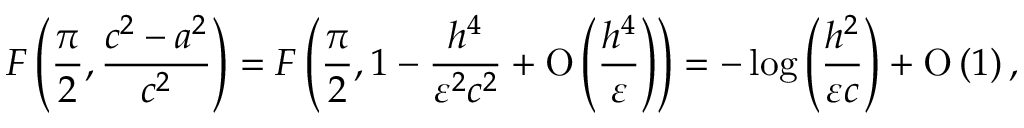
F \left( \frac { \pi } { 2 } , \frac { c ^ { 2 } - a ^ { 2 } } { c ^ { 2 } } \right) = F \left( \frac { \pi } { 2 } , 1 - \frac { h ^ { 4 } } { \varepsilon ^ { 2 } c ^ { 2 } } + \ensuremath { \operatorname { O } \left( \frac { h ^ { 4 } } { \varepsilon } \right) } \right) = - \log { \left( \frac { h ^ { 2 } } { \varepsilon c } \right) } + \ensuremath { \operatorname { O } \left( 1 \right) } ,